Newspaper: El fronterizo. [volume]
Place of publication: Tucson, Ariz.
Publisher: Carlos S. Velasco
Date: 1890-02-12 00:00:00
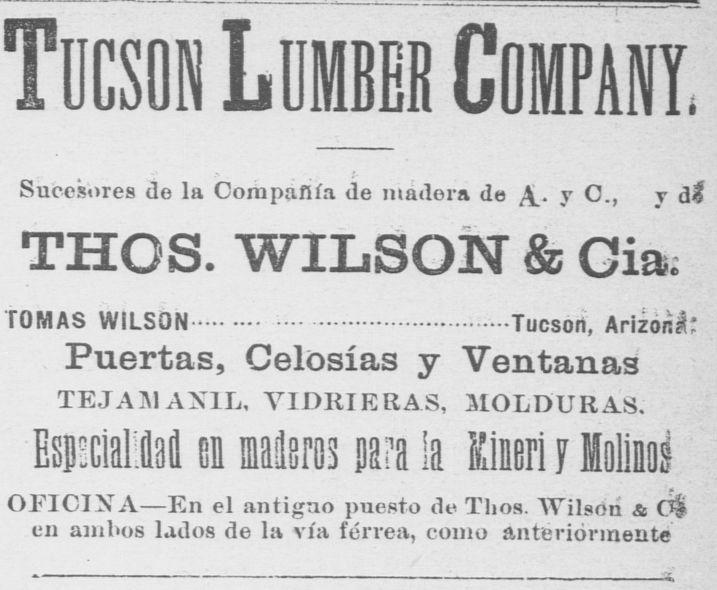
Advertisement text (OCR):
un mmber Sucesores ío la Compañía de madera de . y O., y di THOS. WILSOÍST & Gia; TOMAS WILS0N Tucson, Aríiór.t Puertas, Celosías y Ventanas TEJAMANIL, VIDRIERAS, MOLDURAS. EspialM ci Meros nara la Kimri r Hoioí OFICINA En el antiguo puesto de Thos. YTilsóri & Ó en ambos lados de la vía férrea, como anteriormente GOHTART,
Label: text-only